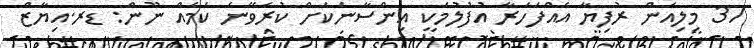
37 މިލިއަން ރުފިޔާ އެއްފަހަރާ އުފުލުމަކީ އިންސާނަކަށް ކުރެވޭނެ ކަމެއް ނޫން: ޑރ.އިޔާޒް